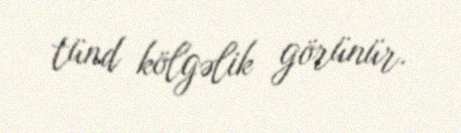
tünd kölgəlik görünür.